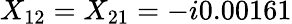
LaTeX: X_{12}=X_{21}=-i0.00161